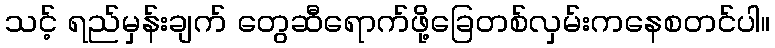
သင့် ရည်မှန်းချက် တွေဆီရောက်ဖို့ခြေတစ်လှမ်းကနေစတင်ပါ။